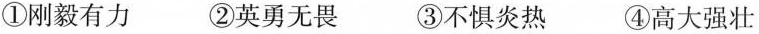
①刚毅有力 ②英勇无畏 ③不惧炎热 ④高大强壮